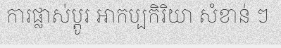
ការផ្លាស់ប្តូរ អាកប្បកិរិយា សំខាន់ ៗ